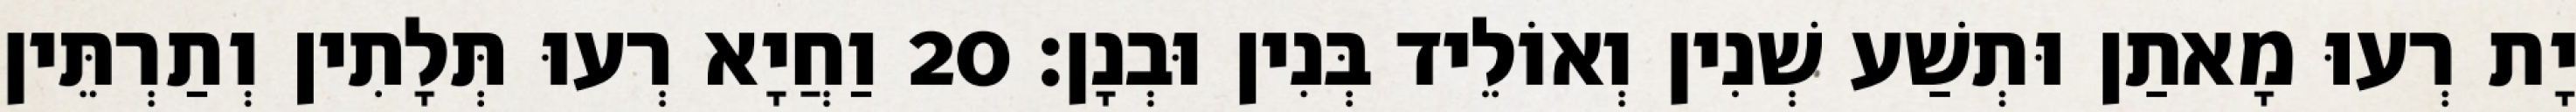
יָת רְעוּ מָאתַן וּתְשַׁע שְׁנִין וְאוֹלֵיד בְּנִין וּבְנָן׃ 20 וַחֲיָא רְעוּ תְּלָתִין וְתַרְתֵּין